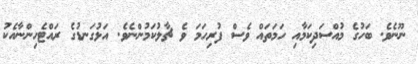
ނޫނެވެ. ބަހުގެ މުއްސަދިކަމާއި ހަމަތައް ވެސް ފުރިހަމަ ވެ ޗާލުކަމުންނެވެ. އަޅުގަނޑުގެ ރައްޓެހިންނާއެކު